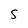
Character: S